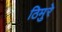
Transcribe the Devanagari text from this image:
ठिमुरे